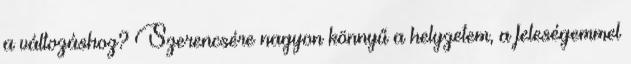
a változáshoz? Szerencsére nagyon könnyű a helyzetem, a feleségemmel